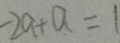
- 2 a + a = 1